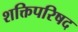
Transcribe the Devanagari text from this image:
शक्तिपरिषद